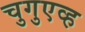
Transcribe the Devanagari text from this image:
चुगुएव्ह